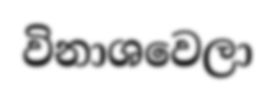
විනාශවෙලා